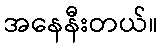
အနေနီးတယ်။